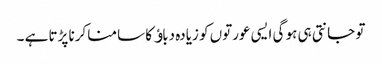
تو جانتی ہی ہو گی ایسی عورتوں کو زیادہ دباﺅ کا سامنا کرنا پڑتا ہے ۔